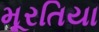
મૂરતિયા